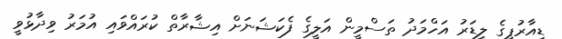
ޑީއާރުޕީގެ ލީޑަރު އަހްމަދު ތަސްމީން އަލީގެ ފެކަޝަނަށް އިޝާރާތް ކުރައްވައި އުމަރު ވިދާޅުވީ